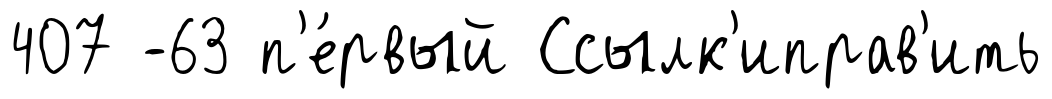
407 -63 п'е́рвый Ссылк'иправ'ить